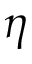
\eta